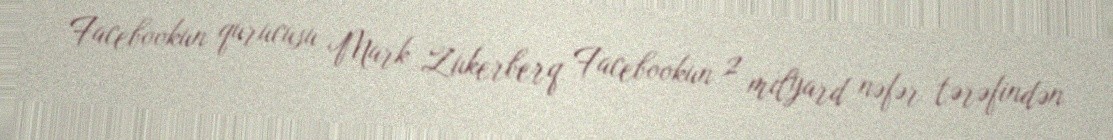
Facebookun qurucusu Mark Zukerberq Facebookun 2 milyard nəfər tərəfindən